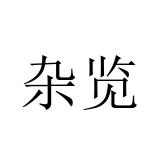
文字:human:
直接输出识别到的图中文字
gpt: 杂览